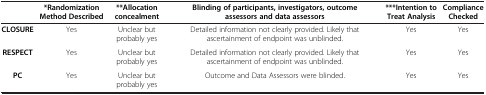
<table><thead><tr><td><b> </b></td><td><b>*Randomization Method Described</b></td><td><b>**Allocation concealment</b></td><td><b>Blinding of participants, investigators, outcome assessors and data assessors</b></td><td><b>***Intention to Treat Analysis</b></td><td><b>Compliance Checked</b></td></tr></thead><tbody><tr><td><b>CLOSURE</b></td><td>Yes</td><td>Unclear but probably yes</td><td>Detailed information not clearly provided. Likely that ascertainment of endpoint was unblinded.</td><td>Yes</td><td>Yes</td></tr><tr><td><b>RESPECT</b></td><td>Yes</td><td>Unclear but probably yes</td><td>Detailed information not clearly provided. Likely that ascertainment of endpoint was unblinded.</td><td>Yes</td><td>Yes</td></tr><tr><td><b>PC</b></td><td>Yes</td><td>Unclear but probably yes</td><td>Outcome and Data Assessors were blinded.</td><td>Yes</td><td>Yes</td></tr></tbody></table>